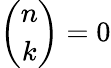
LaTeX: {\binom{n}{k}}=0